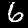
Label: 6